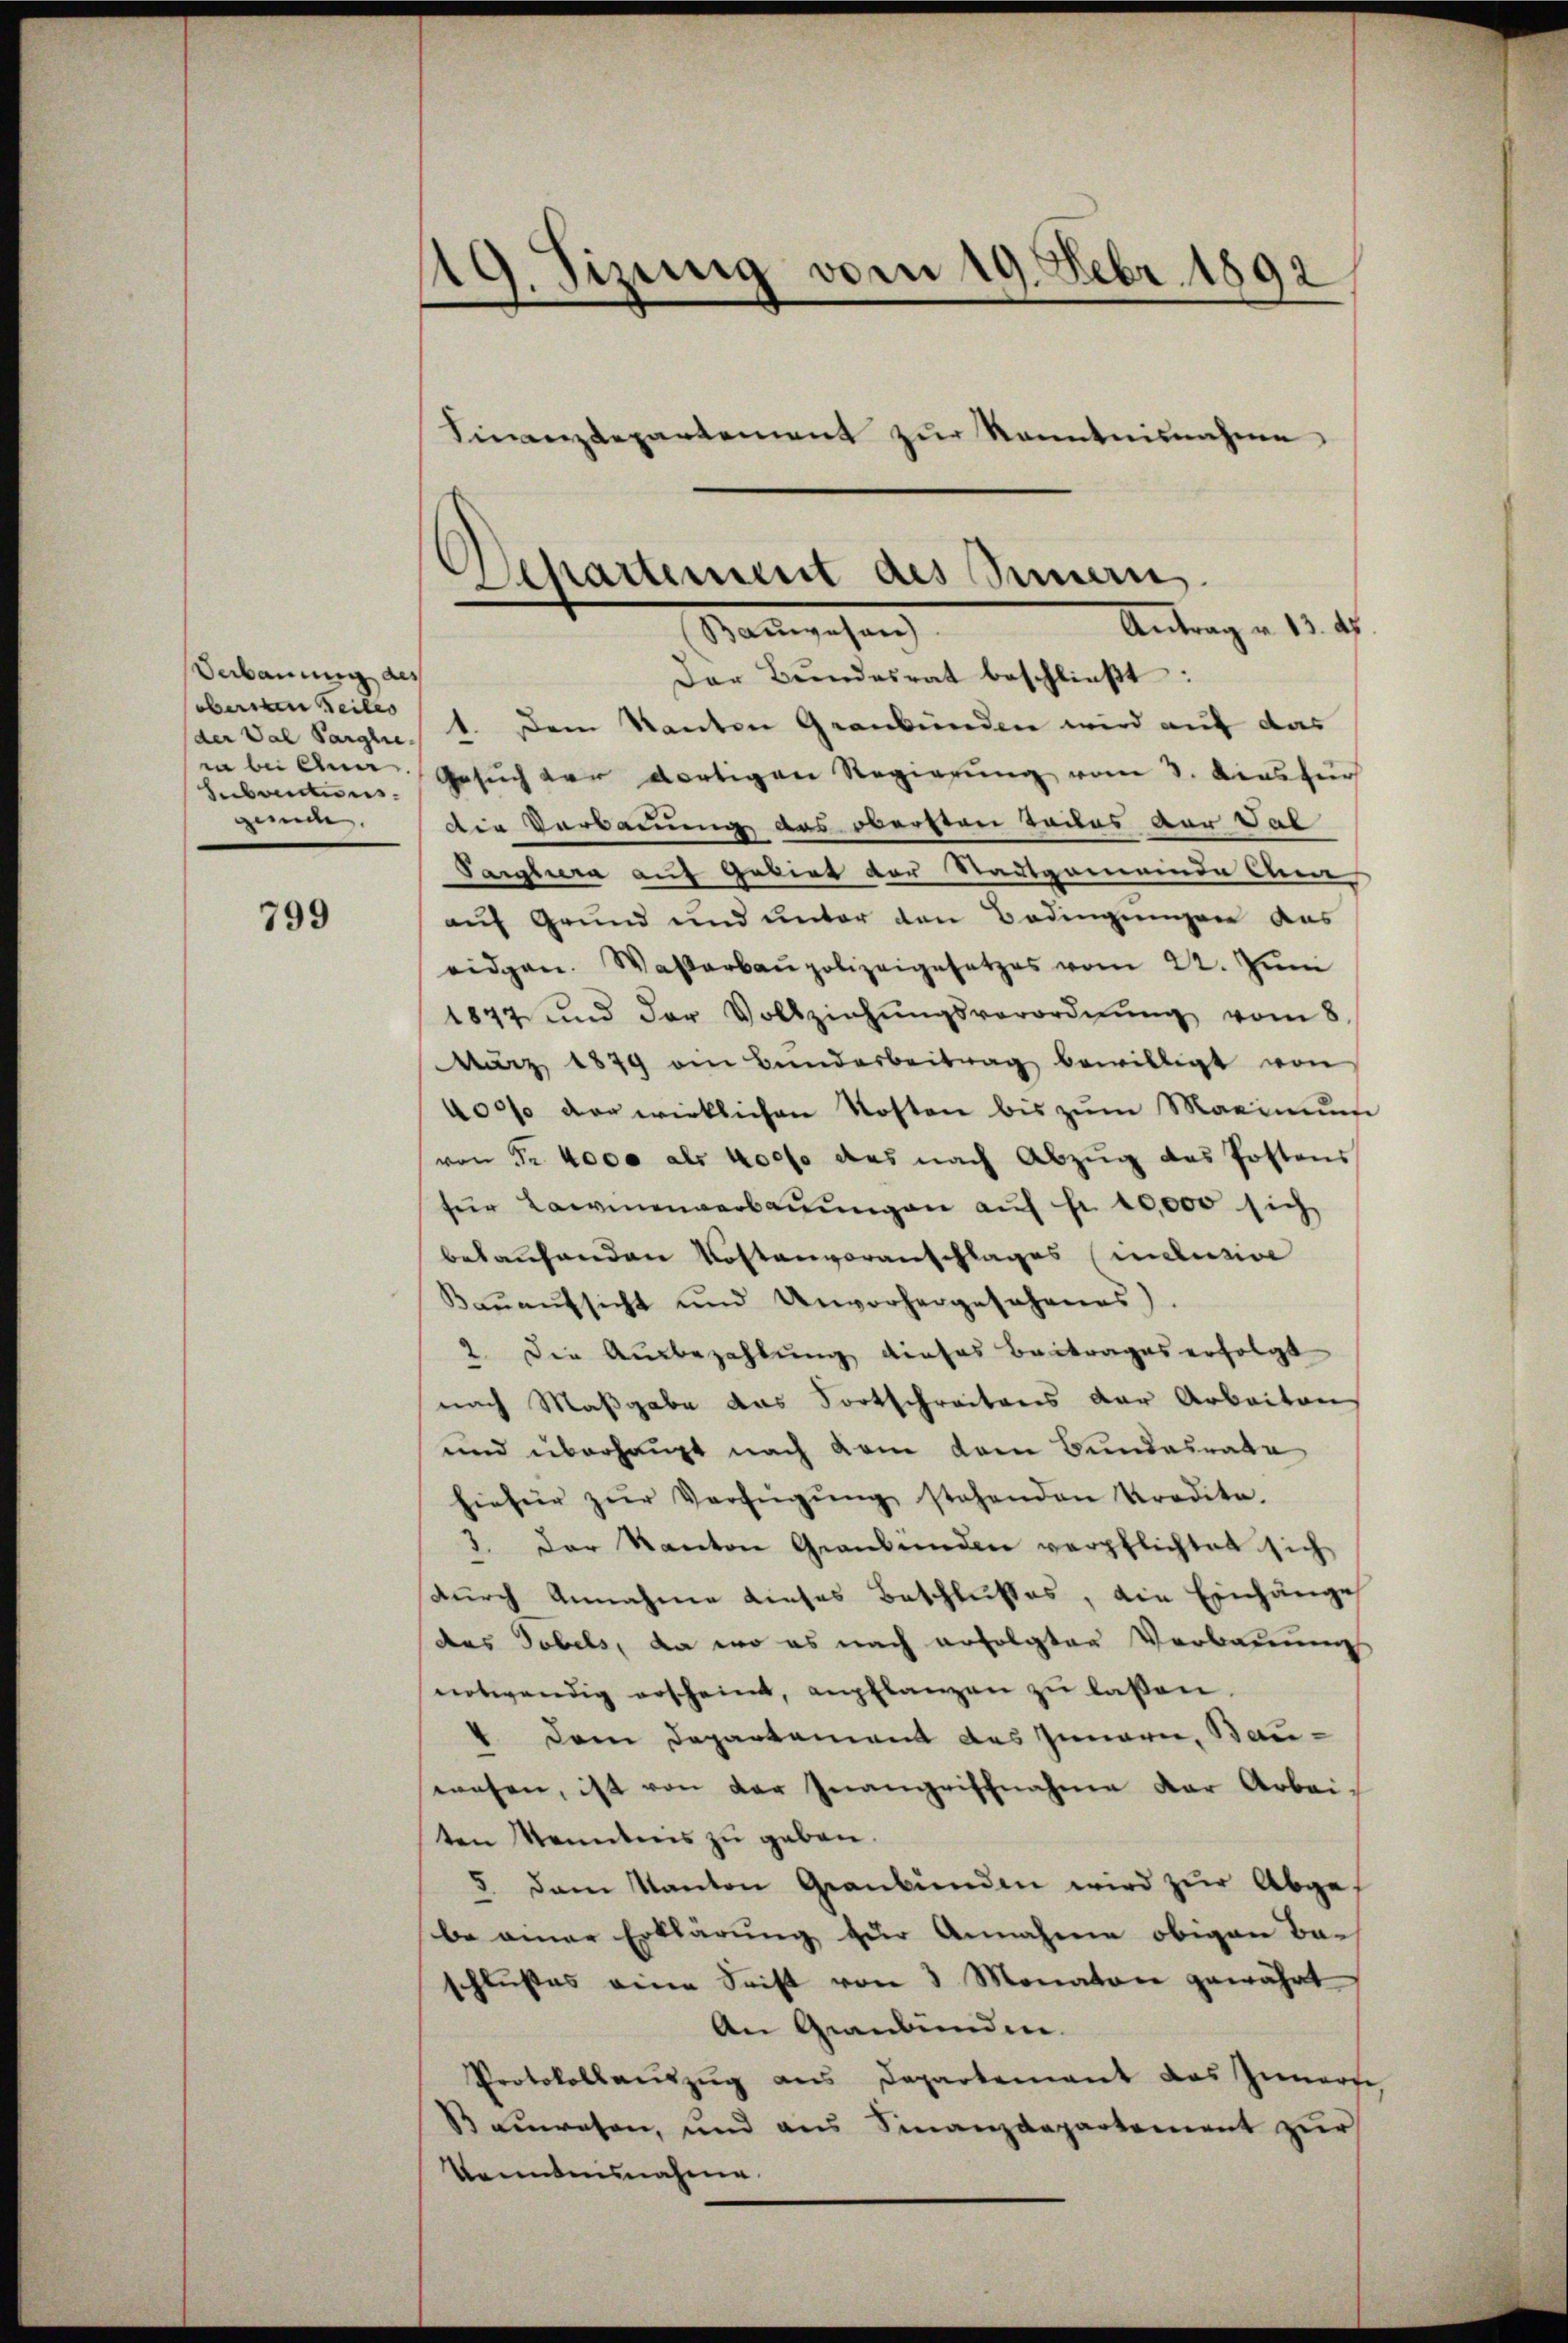
Verbauung des
obernen Teiles
hebantens.
gunde.

799

119. Sizung vom 19. Febr. 1892

Finanzdepartement zur Kenntnisnahme

Departement des Sinnern.
Antrag u. 13. ds.
Bauwesen)

Der Bŭndesrat beschlieβt:
der Val Parglie 1. Dem Kanton Graubünden wird auf das
in bei Anna Gesuch der dortigen Regierung vom 3. Diessur
die Verbauung des obersten Todes der Tab
Targliera auf Gebiet der Stadtgemeinde Ann
auf Grund und unter den Bedingungen aus
eidgen. Wasserbaupolizeigesetzes vom 22. Jŭni
1877 und der Vollziehŭngsverordnŭng vom 8.
März 1849 ein Bŭndarbeitrag bewilligt von
400% der wirklichen Kosten bis zum Maximum
von Fr. 4000 als 400f das nach Abzug das Postens
für Lawinenverbaŭŭngen aŭf fr. 10,000 sich
belaufenden Kostenvoranschlages mensive
Kaṅaŭfsicht und Unvorhergesehenes).
2. Die Ausbezahlung dieses Beitrages erfolgt
nach Maßgabe das Fortschreitens der Arbeiten
und überhaupt nach kam dem Bundesrate
hiefür zŭr Verfügŭng stehenden Kredite.
3. Der Kanton Graubünden verpflichtet sich
durch Annahme dieses Beschlußes, die Einhänge
das Tobels, da wo es nach erfolgten Verbauung
notwendig erscheint, empflanzen zŭ laßen.
 Dem Departement des Innern, Bau-
wesen, ist von der Inangriffnahme der Arbei-
ten Menntnis zu geben.
5. dem Kanton Graubünden wird zur Abgebe einer Erklärung zur Annahme obigen Beschlußes eine Seist von 3 Monatore gewährt
An Graubünden.
Protokollauszug aus Departement das Innern
Bauwesen, und aus Finanzdepartement zur
kanntnisnahme